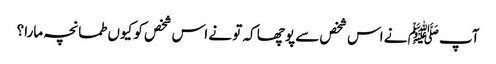
آپﷺ نے اس شخص سے پوچھا کہ تو نے اس شخص کو کیوں طمانچہ مارا؟